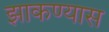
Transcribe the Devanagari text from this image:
झाकण्यास